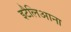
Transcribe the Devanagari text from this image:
इटैलिआना